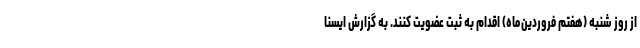
از روز شنبه (هفتم فروردین‌ماه) اقدام به ثبت عضویت کنند. به گزارش ایسنا